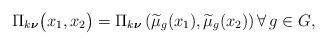
LaTeX: \begin{align*} \Pi_{k \boldsymbol{\nu} }\big (x_{1} , x_{2} \big)=\Pi_{k \boldsymbol{\nu} }\left (\widetilde{\mu}_g(x_{1}) , \widetilde{\mu}_g(x_{2}) \right)\forall\,g\in G, \end{align*}